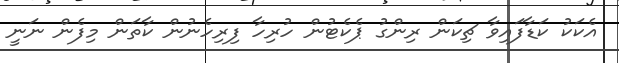
އެކަކު ކަޑާފައިވާ ޗިކަން ރިންގު ޕެކެޓުން ހުރިހާ ފިރިހެނުން ކާތަން މިފެން ނަނީ